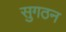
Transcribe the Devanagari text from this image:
सुगठन